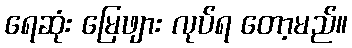
ရေဆုံး မြေဖျား လုပ်ရ တော့မည်။